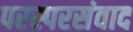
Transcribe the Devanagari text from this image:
परस्परसंवाद